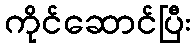
ကိုင်ဆောင်ပြီး